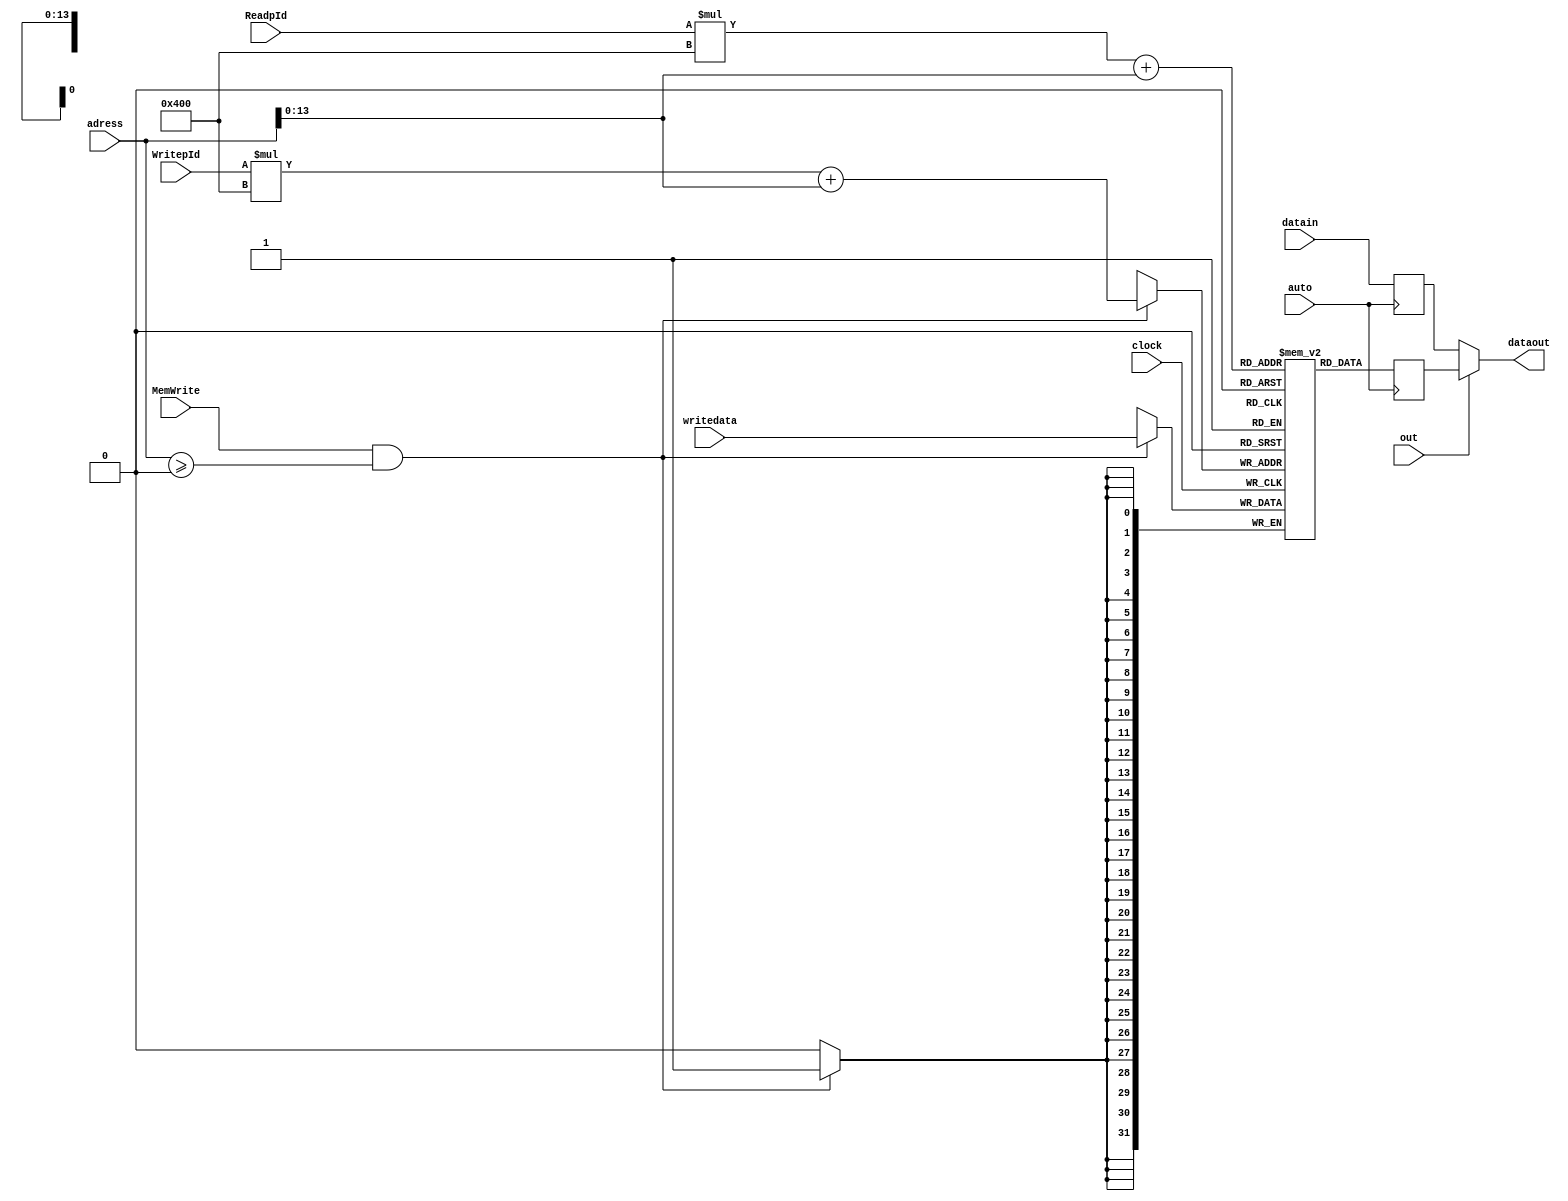
module Output_Module #(parameter DATA_WIDTH=32, parameter ADDR_WIDTH=1024, parameter NPROCESS=11)
(clock, auto, adress, writedata, dataout, out, MemWrite, datain, ReadpId, WritepId);

	input clock, out, MemWrite, auto;
	input [(DATA_WIDTH-1):0] adress;
	input [(DATA_WIDTH-1):0] writedata;
	input [(DATA_WIDTH-1):0] datain;
	input [(DATA_WIDTH-1):0] ReadpId, WritepId;
	reg [(DATA_WIDTH-1):0] data1;
	reg [(DATA_WIDTH-1):0] data2;
	output [(DATA_WIDTH-1):0] dataout;
	reg [(DATA_WIDTH-1):0] mem [(NPROCESS*ADDR_WIDTH-1):0];
	
	always @(posedge clock)
		begin
			if (MemWrite && adress >= 0)
				mem[WritepId*ADDR_WIDTH+adress] <= writedata;
		end
		
	always @( posedge auto )
	begin
			data1 <= mem[ReadpId*ADDR_WIDTH+adress];
			data2 <= datain;
	end
		
	assign dataout = out ? data1 : data2;
		
endmodule